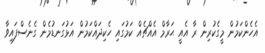
އެހެންކަމުން މީގެކުރިން ރާ އެއީ ޙަރާމް އެއްޗެއް ކަމުގައި ހެކިދައްކަމުން އަޅުގަނޑުމެން ގެނެސްފައިވާ